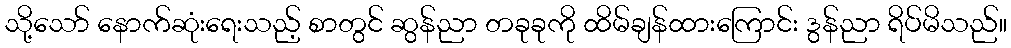
သို့သော် နောက်ဆုံးရေးသည့် စာတွင် ဆွန်ညာ တခုခုကို ထိမ်ချန်ထားကြောင်း ဒွန်ညာ ရိပ်မိသည်။